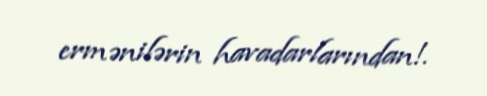
ermənilərin havadarlarından!.